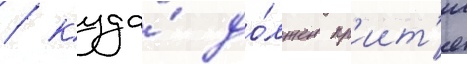
/ куда́ до́лжен пр'иит'и